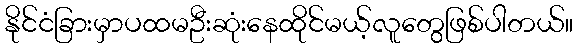
နိုင်ငံခြားမှာပထမဦးဆုံးနေထိုင်မယ့်လူတွေဖြစ်ပါတယ်။